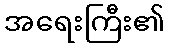
အရေးကြီး၏